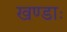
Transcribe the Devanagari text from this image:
खण्डाः